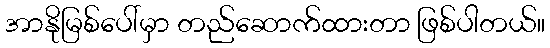
အာနိုမြစ်ပေါ်မှာ တည်ဆောက်ထားတာ ဖြစ်ပါတယ်။